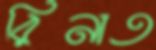
রিনাত